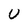
Character: U